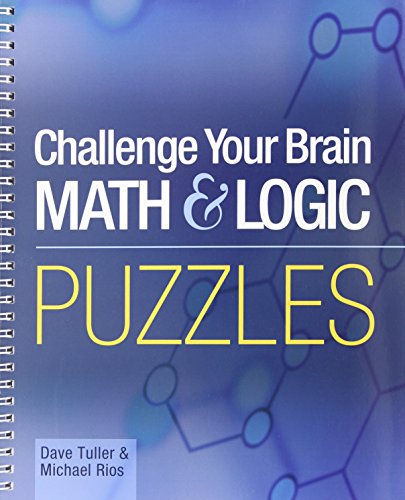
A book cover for Challenge Your Brain Math & Logic Puzzles (Mensa); Dave Tuller; Humor & Entertainment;